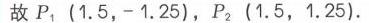
\(x - 2 = 0,\)